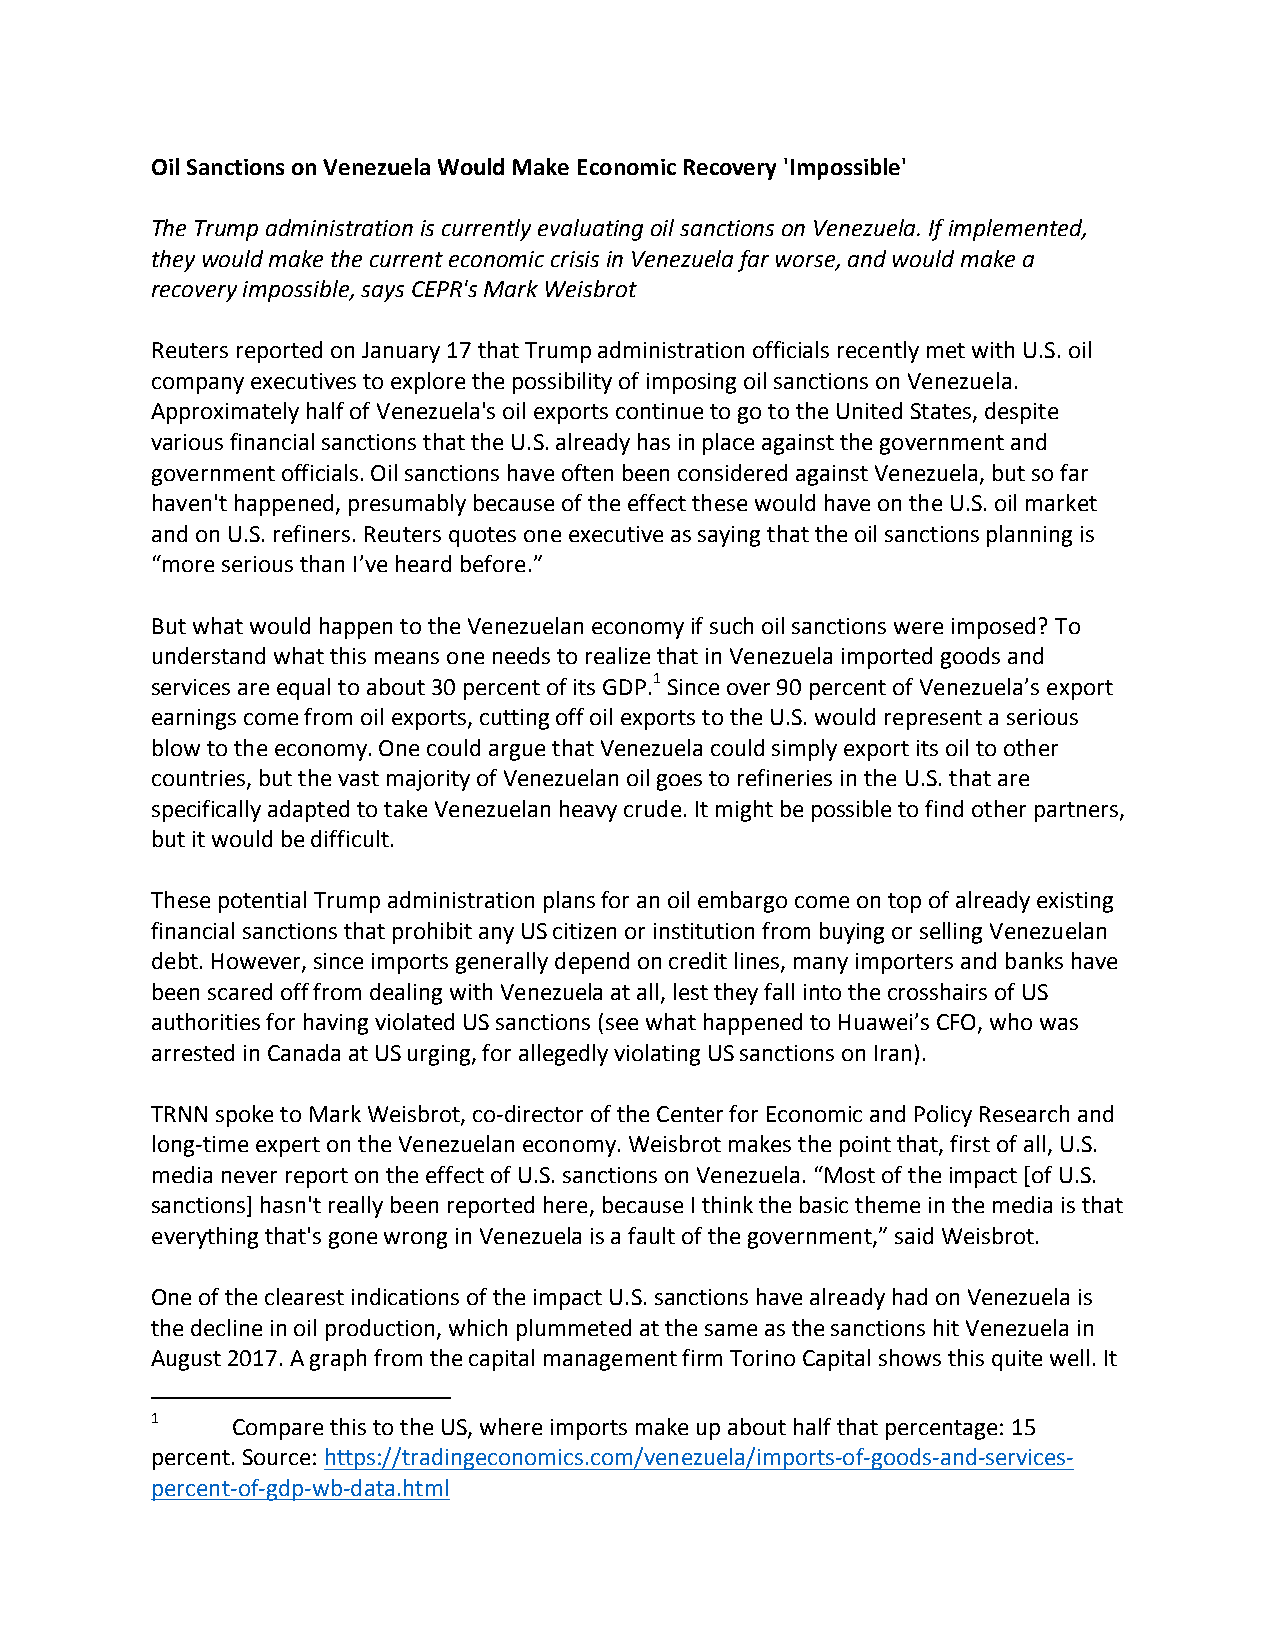
Oil Sanctions on Venezuela Would Make Economic Recovery 'Impossible'
 The Trump administration is currently evaluating oil sanctions on Venezuela. If implemented,
 they would make the current economic crisis in Venezuela far worse, and would make a
 recovery impossible, says CEPR's Mark Weisbrot
 Reuters reported on January 17 that Trump administration officials recently met with U.S. oil
 company executives to explore the possibility of imposing oil sanctions on Venezuela.
 Approximately half of Venezuela's oil exports continue to go to the United States, despite
 various financial sanctions that the U.S. already has in place against the government and
 government officials. Oil sanctions have often been considered against Venezuela, but so far
 haven't happened, presumably because of the effect these would have on the U.S. oil market
 and on U.S. refiners. Reuters quotes one executive as saying that the oil sanctions planning is
 “more serious than I’ve heard before.”
 But what would happen to the Venezuelan economy if such oil sanctions were imposed? To
 understand what this means one needs to realize that in Venezuela imported goods and
 services are equal to about 30 percent of its GDP.1 Since over 90 percent of Venezuela’s export
 earnings come from oil exports, cutting off oil exports to the U.S. would represent a serious
 blow to the economy. One could argue that Venezuela could simply export its oil to other
 countries, but the vast majority of Venezuelan oil goes to refineries in the U.S. that are
 specifically adapted to take Venezuelan heavy crude. It might be possible to find other partners,
 but it would be difficult.
 These potential Trump administration plans for an oil embargo come on top of already existing
 financial sanctions that prohibit any US citizen or institution from buying or selling Venezuelan
 debt. However, since imports generally depend on credit lines, many importers and banks have
 been scared off from dealing with Venezuela at all, lest they fall into the crosshairs of US
 authorities for having violated US sanctions (see what happened to Huawei’s CFO, who was
 arrested in Canada at US urging, for allegedly violating US sanctions on Iran).
 TRNN spoke to Mark Weisbrot, co-director of the Center for Economic and Policy Research and
 long-time expert on the Venezuelan economy. Weisbrot makes the point that, first of all, U.S.
 media never report on the effect of U.S. sanctions on Venezuela. “Most of the impact [of U.S.
 sanctions] hasn't really been reported here, because I think the basic theme in the media is that
 everything that's gone wrong in Venezuela is a fault of the government,” said Weisbrot.
 One of the clearest indications of the impact U.S. sanctions have already had on Venezuela is
 the decline in oil production, which plummeted at the same as the sanctions hit Venezuela in
 August 2017. A graph from the capital management firm Torino Capital shows this quite well. It
 1    Compare this to the US, where imports make up about half that percentage: 15
 percent. Source: https://tradingeconomics.com/venezuela/imports-of-goods-and-services-
 percent-of-gdp-wb-data.html